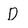
Character: D